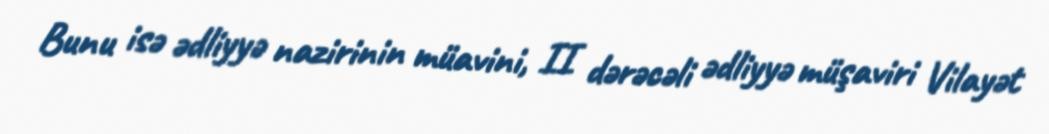
Bunu isə ədliyyə nazirinin müavini, II dərəcəli ədliyyə müşaviri Vilayət